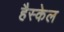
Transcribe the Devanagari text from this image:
हैस्केल